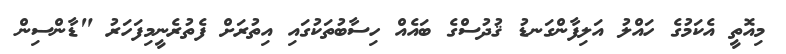
މިއޮތީ އެކަމުގެ ހައްލު އަލިފާންގަނޑު ޤުދުސްގެ ބައެއް ހިސާބުތަކުގައި އިތުރަށް ފެތުރެނީމިފަހަރު "ޑާންސިން